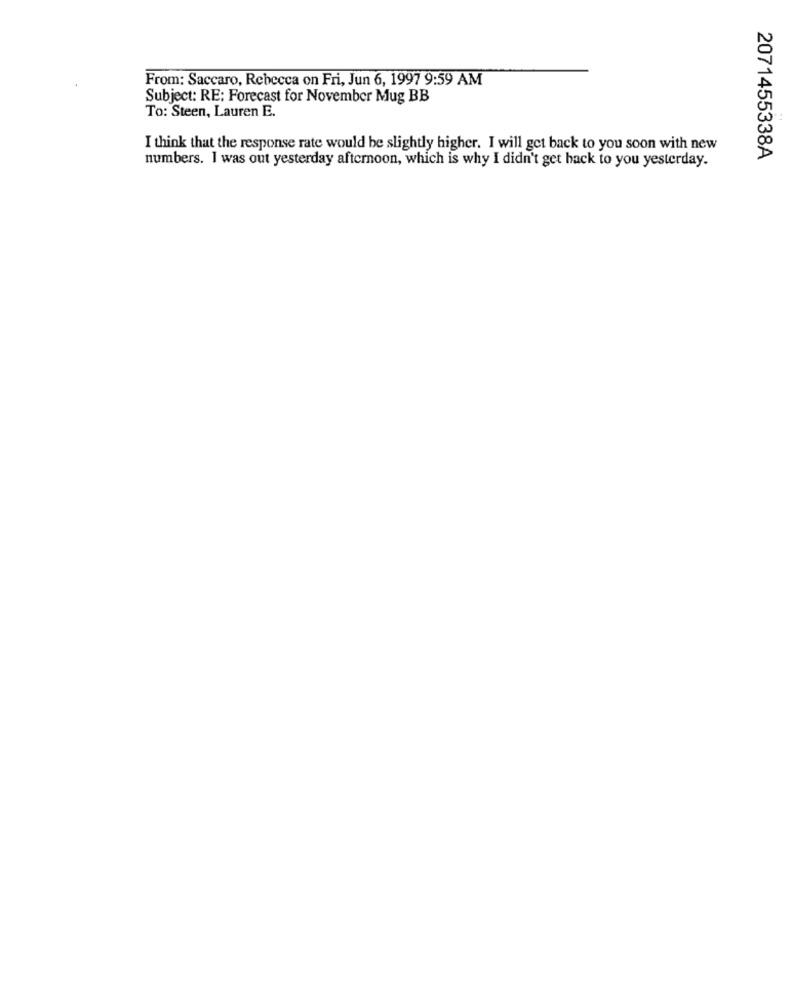
From: Saccaro, Rebecca on Fri, Jun 6, 1997 9:59 AM
Subject: RE: Forecast for November Mug BB
To: Steen, Lauren E.
I think that the response rate would be slightly higher. I will get back to you soon with new
2071455338A
numbers. I was out yesterday afternoon, which is why I didn't get back to you yesterday.